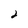
Character: 2